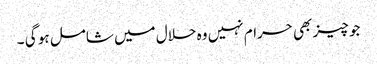
جو چیز بھی حرام نہیں وہ حلال میں شامل ہو گی ۔